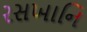
રસખાનિ